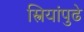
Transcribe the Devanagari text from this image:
स्त्रियांपुढे